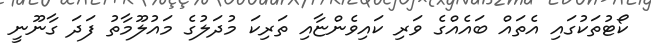
ކޯޓުތަކުގައި އެތައް ބައެއްގެ ވަރި ކައިވެންޏާއި ތަރިކަ މުދަލުގެ މައުލޫމާތު ފަދަ ގާނޫނީ